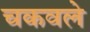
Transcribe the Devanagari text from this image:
चकवले